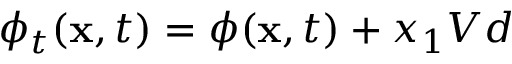
\phi _ { t } ( \mathbf { x } , t ) = \phi ( \mathbf { x } , t ) + x _ { 1 } V d